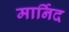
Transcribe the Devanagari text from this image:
मार्निद